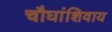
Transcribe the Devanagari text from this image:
चौघांशिवाय